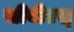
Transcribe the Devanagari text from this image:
सीबीएस्